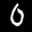
Label: 0